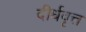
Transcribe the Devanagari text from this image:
दीर्धवृत्त